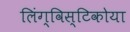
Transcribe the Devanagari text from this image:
लिंग्विस्टिकोया